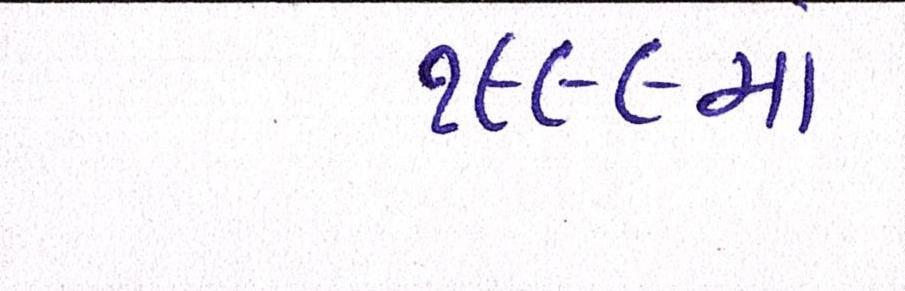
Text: ૧૯૯૯માં